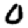
Digit: 0